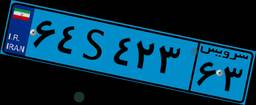
۴۶S۸۹۰۵۵